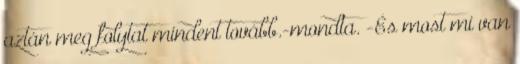
aztán meg folytat mindent tovább.-mondta. -És most mi van